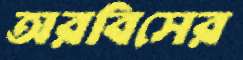
অরবিসের